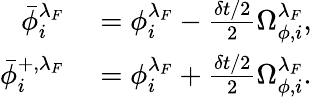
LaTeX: \begin{array}{rl}{\bar{\phi}_{i}^{\lambda_{F}}}&{{}={\phi}_{i}^{\lambda_{F}}-\frac{\delta t/2}{2}\Omega_{\phi,i}^{\lambda_{F}},}\\ {\bar{\phi}_{i}^{+,\lambda_{F}}}&{{}={\phi}_{i}^{\lambda_{F}}+\frac{\delta t/2}{2}\Omega_{\phi,i}^{\lambda_{F}}.}\end{array}